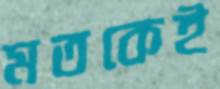
মতকেই